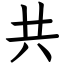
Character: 共